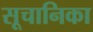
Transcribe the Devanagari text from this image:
सूचानिका